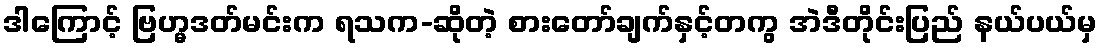
ဒါကြောင့် ဗြဟ္မဒတ်မင်းက ရသက-ဆိုတဲ့ စားတော်ချက်နှင့်တကွ အဲဒီတိုင်းပြည် နယ်ပယ်မှ